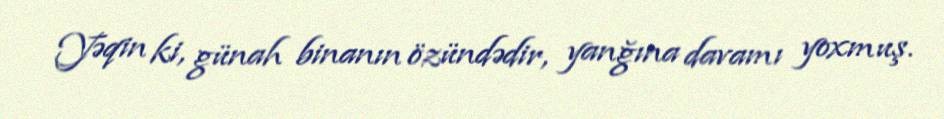
Yəqin ki, günah binanın özündədir, yanğına davamı yoxmuş.